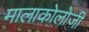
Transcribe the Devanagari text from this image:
मालाकोलोजी